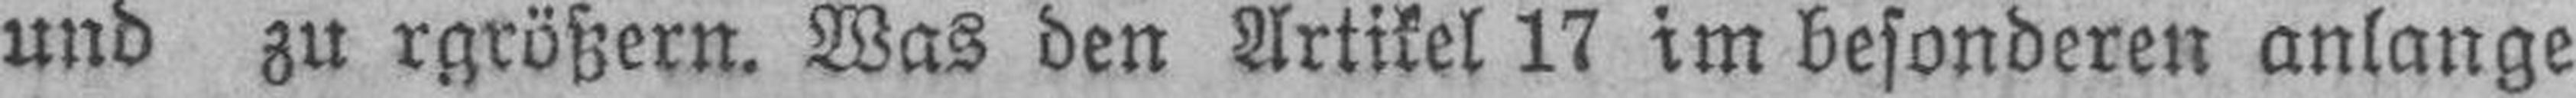
und zu rgrößern. Was den Artikel 17 im besonderen anlange